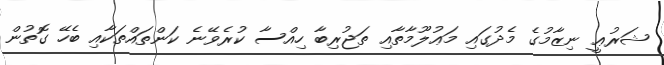
ޝަރުޢީ ނިޒާމުގެ މެދުގައި މަޢުލޫމާތާއި ތަޖުރިބާ ހިއްސާ ކުރެވޭނެ ކަންތައްތަކާއި ބެހޭ ގޮތުން